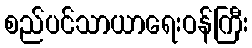
စည်ပင်သာယာရေးဝန်ကြီး